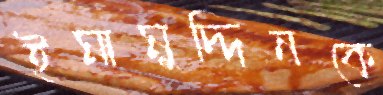
ইমামুদ্দিনকে